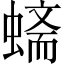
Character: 𲀀